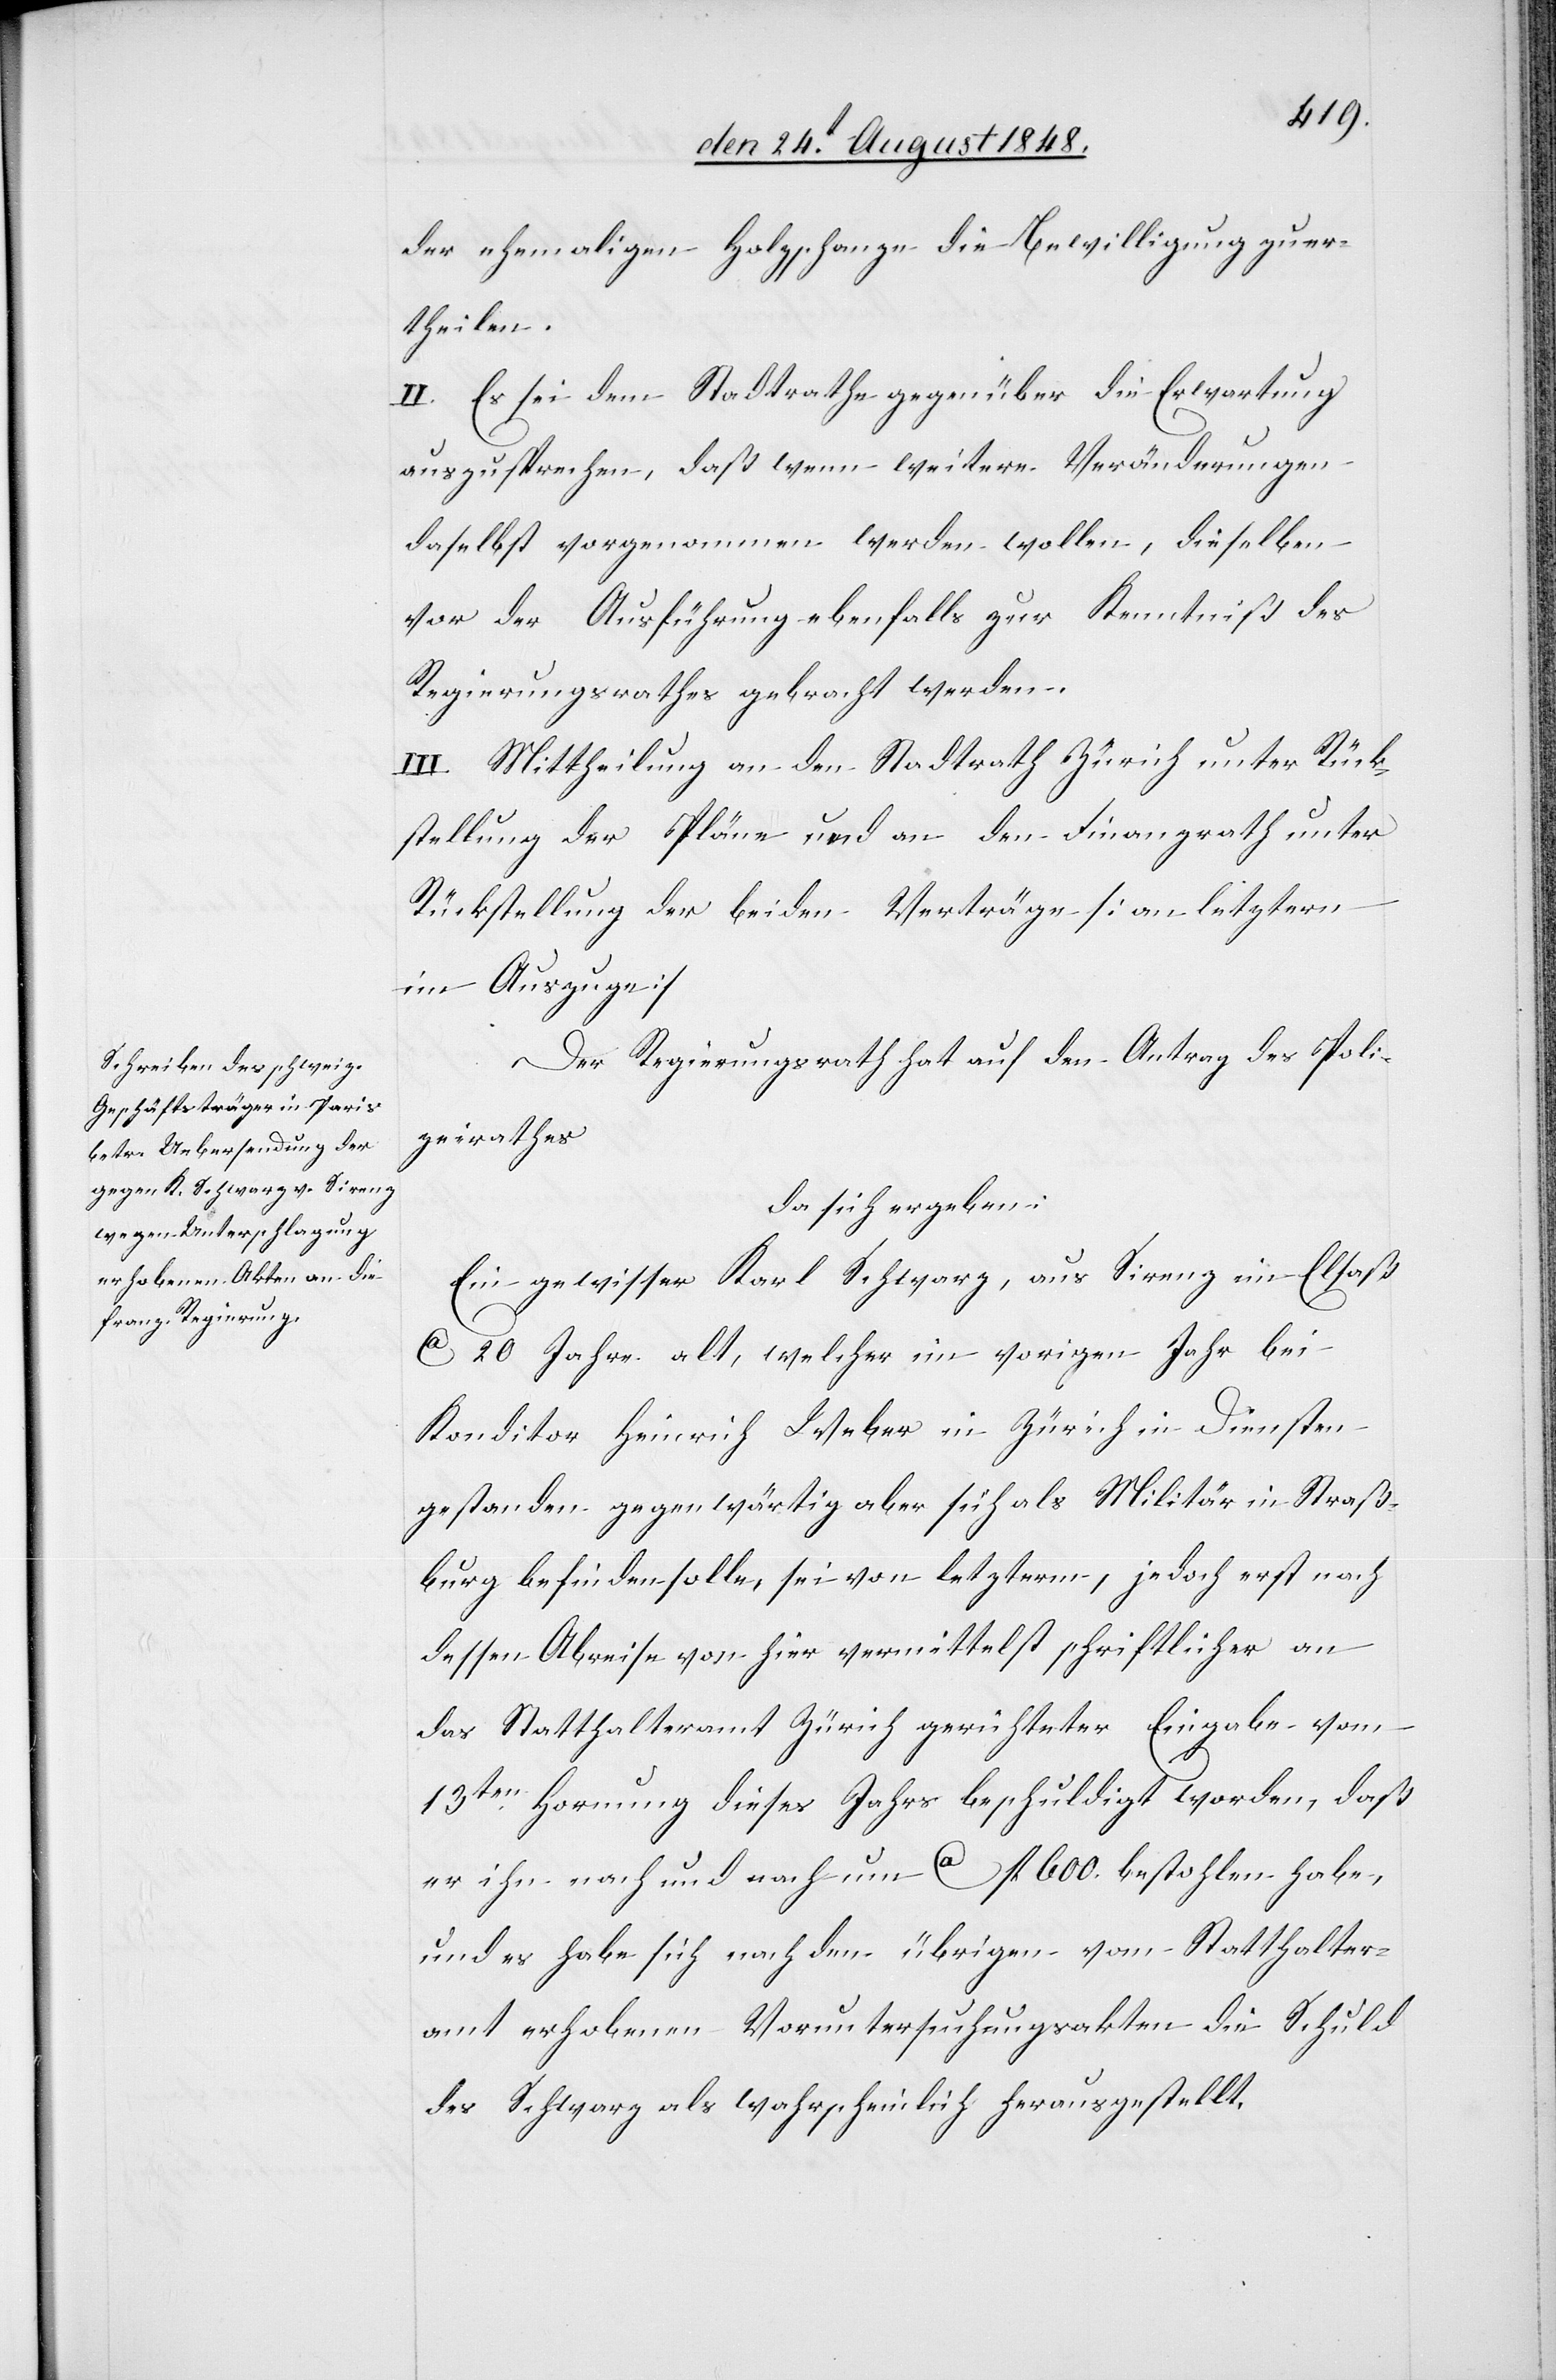
der ehemaligen Holzschanze die Bewilligung zu er¬
theilen.
II. Es sei dem Stadtrathe gegenüber die Erwartung
auszusprechen, daß wenn weitere Veränderungen
daselbst vorgenommen werden wollen, dieselben
vor der Ausführung ebenfalls zur Kenntniß des
Regierungsrathes gebracht werden.
III. Mittheilung an den Stadtrath Zürich unter Rück¬
stellung der Pläne und an den Finanzrath unter
Rückstellung der beiden Verträge [an letztern
im Auszuge]
Der Regierungsrath hat auf den Antrag des Poli¬
zeirathes
da sich ergeben:
Ein gewisser Karl Schwarz, aus Sirenz im Elsaß,
ca. 20 Jahre alt, welcher im vorigen Jahr bei
Konditor Heinrich Weber in Zürich in Diensten
gestanden gegenwärtig aber sich als Militär in Straß¬
burg befinden solle, sei von letzterm, jedoch erst nach
dessen Abreise von hier vermittelst schriftlicher an
das Statthalteramt Zürich gerichteter Eingabe vom
13ten Hornung dieses Jahrs beschuldigt worden, daß
er ihn nach und nach um ca. fl. 1600. bestohlen habe,
und es habe sich nach den übrigen vom Statthalter¬
amt erhobenen Voruntersuchungsakten die Schuld
des Schwarz als wahrscheinlich herausgestellt.